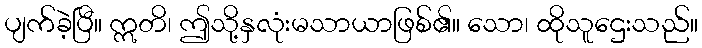
ပျက်ခဲ့ပြီ။ ဣတိ၊ ဤသို့နှလုံးမသာယာဖြစ်၏။ သော၊ ထိုသူဌေးသည်။